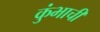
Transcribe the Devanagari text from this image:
कुंभाची